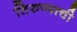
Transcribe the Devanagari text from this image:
तिरुप्पाची